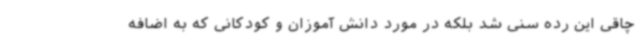
چاقی این رده سنی شد بلکه در مورد دانش آموزان و کودکانی که به اضافه